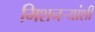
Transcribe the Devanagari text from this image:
मिशनऱ्यांशी